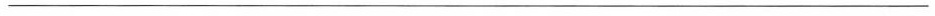
___